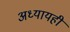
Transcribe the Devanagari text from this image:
अध्यायही